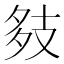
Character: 㩼